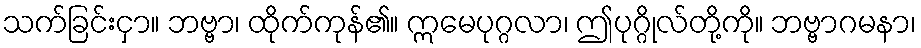
သက်ခြင်းငှာ။ ဘဗ္ဗာ၊ ထိုက်ကုန်၏။ ဣမေပုဂ္ဂလာ၊ ဤပုဂ္ဂိုလ်တို့ကို။ ဘဗ္ဗာဂမနာ၊